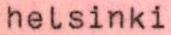
helsinki